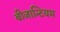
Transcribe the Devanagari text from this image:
बीजान्टियम